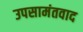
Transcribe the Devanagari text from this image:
उपसामंतवाद